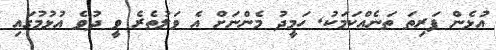
އުޅެން ފަރިތަ ތަނެއްކަމަކު